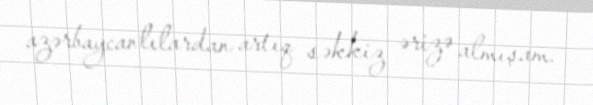
azərbaycanlılardan artıq səkkiz ərizə almışam.